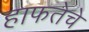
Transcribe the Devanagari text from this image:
हाफतेचे